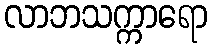
လာဘသက္ကာရော